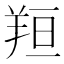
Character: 𦍼